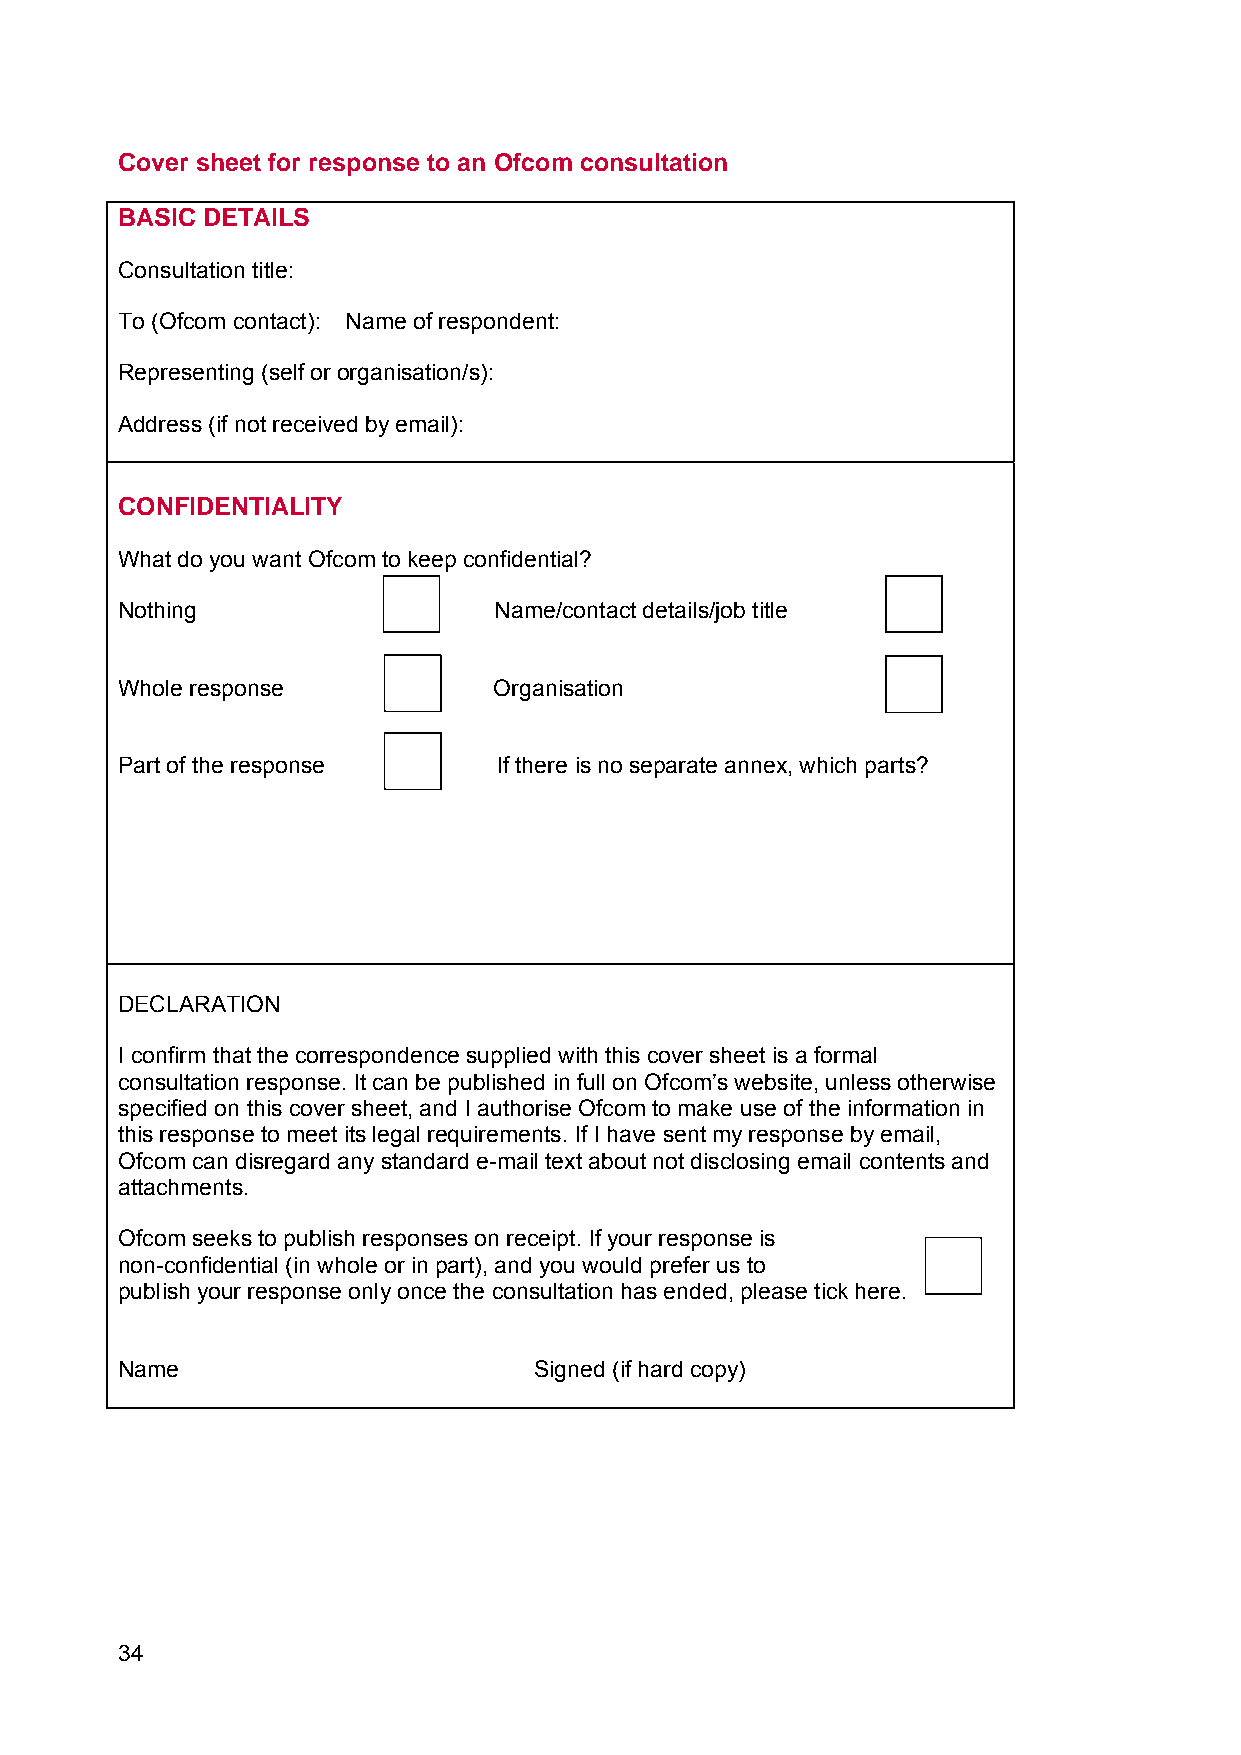
Cover sheet for response to an Ofcom consultation
 BASIC DETAILS
 Consultation title:
 To (Ofcom contact): Name of respondent:
 Representing (self or organisation/s):
 Address (if not received by email):
 CONFIDENTIALITY
 What do you want Ofcom to keep confidential?
 Nothing                  Name/contact details/job title
 Whole response           Organisation
 Part of the response     If there is no separate annex, which parts?
 DECLARATION
 I confirm that the correspondence supplied with this cover sheet is a formal
 consultation response. It can be published in full on Ofcom’s website, unless otherwise
 specified on this cover sheet, and I authorise Ofcom to make use of the information in
 this response to meet its legal requirements. If I have sent my response by email,
 Ofcom can disregard any standard e-mail text about not disclosing email contents and
 attachments.
 Ofcom seeks to publish responses on receipt. If your response is
 non-confidential (in whole or in part), and you would prefer us to
 publish your response only once the consultation has ended, please tick here.
 Name                       Signed (if hard copy)
 34